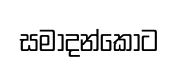
සමාදන්කොට